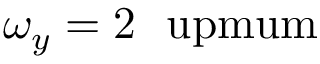
\omega _ { y } = 2 ~ \mathrm { \ u p m u m }